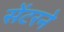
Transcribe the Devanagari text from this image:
सेंटरने